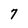
Character: 7